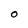
Character: O